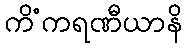
ကိံကရဏီယာနိ